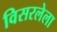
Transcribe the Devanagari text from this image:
विसरलेला